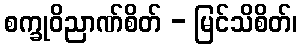
စက္ခုဝိညာဏ်စိတ် - မြင်သိစိတ်၊